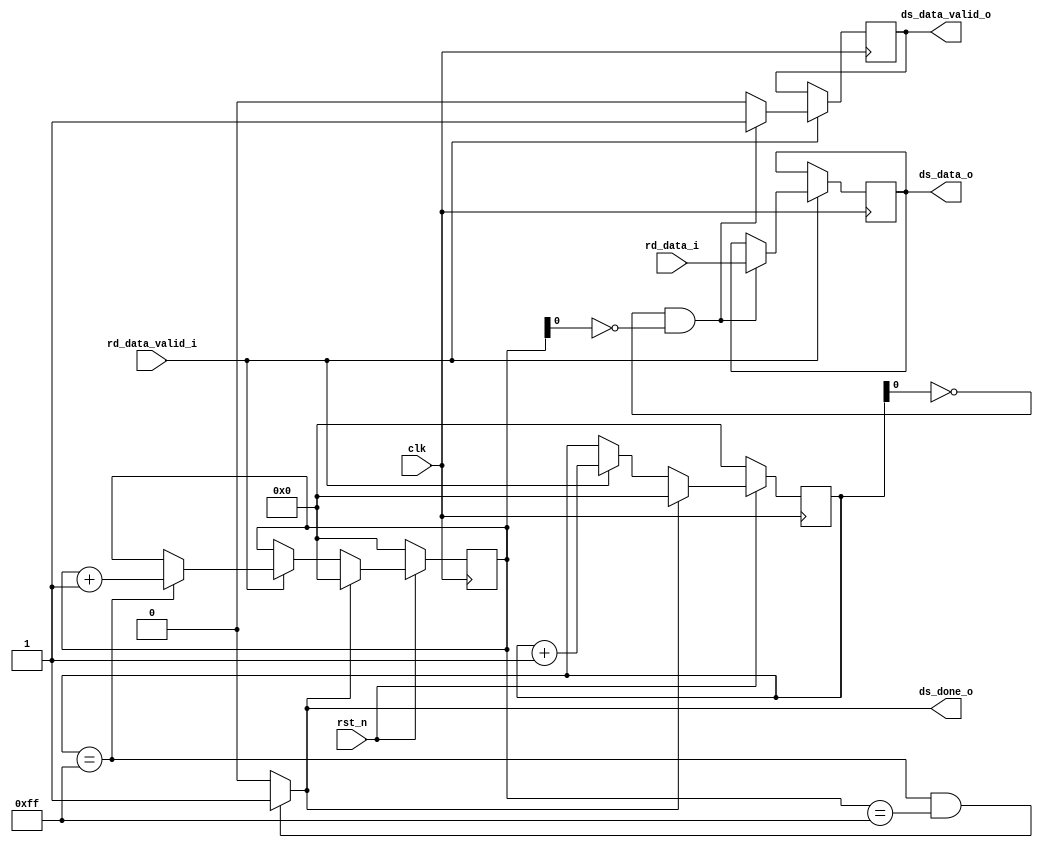
module ds #(
    parameter DATA_WIDTH = 24
)(
    input wire clk,
    input wire rst_n,
    // FSM interface
    // input wire ds_run_i,
    output wire ds_done_o,
    // ROM_RD interface
    input wire rd_data_valid_i,
    input wire [DATA_WIDTH-1:0] rd_data_i,
    // US interface
    output wire ds_data_valid_o,
    output wire [DATA_WIDTH-1:0] ds_data_o
);

    // reg [7:0] x_pos, y_pos;
    reg [7:0] row_cnt, col_cnt;
    
    always @(posedge clk) begin
        if (~rst_n) begin
            row_cnt <= 0;
            col_cnt <= 0;
        end
        else begin
            if (ds_done_o) begin
                row_cnt <= 0;
                col_cnt <= 0;
            end
            else if (rd_data_valid_i) begin
                row_cnt <= row_cnt + 1;
                if (row_cnt == 255) begin
                    col_cnt <= col_cnt + 1;
                end
            end
        end
    end
    
    reg [DATA_WIDTH-1:0] ds_data;
    reg ds_data_valid;
    always @(posedge clk) begin
        if (rd_data_valid_i) begin
            ds_data_valid <= 0;
            if ((row_cnt[0] == 0) && (col_cnt[0] == 0)) begin
                ds_data <= rd_data_i;
                ds_data_valid <= 1;
            end
        end
    end
    
    assign ds_data_o = ds_data;
    assign ds_data_valid_o = ds_data_valid;
    
    assign ds_done_o = ((row_cnt == 255) && (col_cnt == 255)) ? 1 : 0;
    
    

endmodule